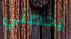
يخصني